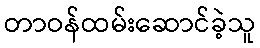
တာဝန်ထမ်းဆောင်ခဲ့သူ